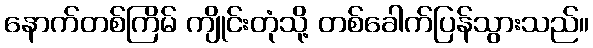
နောက်တစ်ကြိမ် ကျိုင်းတုံသို့ တစ်ခေါက်ပြန်သွားသည်။